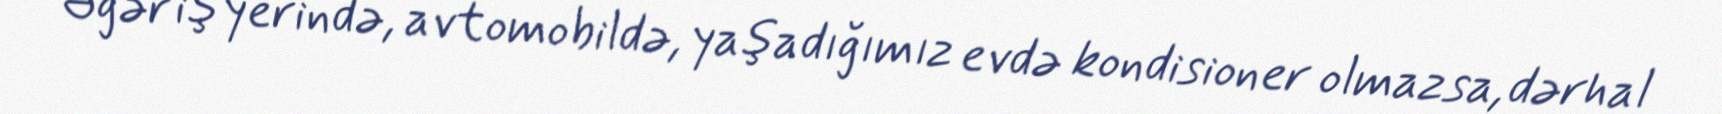
Əgər iş yerində, avtomobildə, yaşadığımız evdə kondisioner olmazsa, dərhal